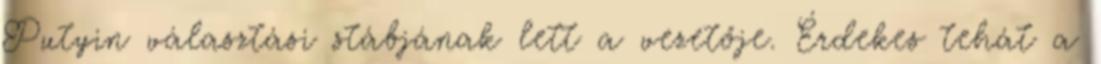
Putyin választási stábjának lett a vezetője. Érdekes tehát a